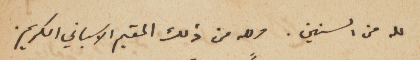
لله من السنين. ولله من ذلك المقيم الاسباني الكريم.